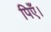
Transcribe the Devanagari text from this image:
पिएँ।